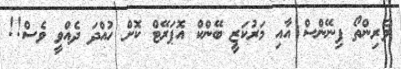
ވެރިންތޯ ފިނޭންސް އާއި މަރުކަޒީ ބޭންކް އޮޕަރޭޓް ކޮށް ހުއްދަ ދެއްވީ ވެސް!!